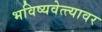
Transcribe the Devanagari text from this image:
भविष्यवेत्त्यावर